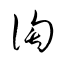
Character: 淘